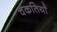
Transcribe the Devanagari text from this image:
चकतियाँ